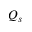
Q _ { s }